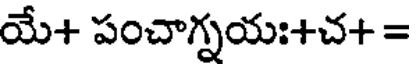
యే+ పంచాగ్నయః+చ+ =